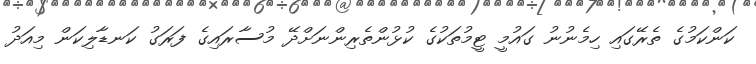
ކަންކަމުގެ ތެރޭގައި ހިމެނުނު ގައުމީ ޓީމުތަކުގެ ކުޅުންތެރިންނަށްދޭ މުސާރައިގެ ފަރަގު ކަނޑާލިކަން މިއަދު